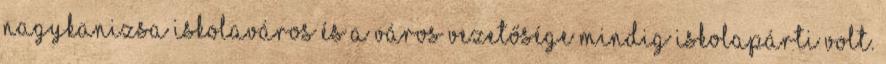
Nagykanizsa iskolaváros és a város vezetősége mindig iskolapárti volt.